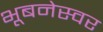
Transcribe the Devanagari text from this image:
भूबनेस्वर